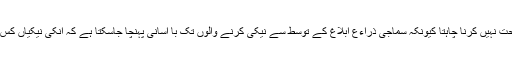
گوکہ نیکی کرنے والوں کی بہتات ہے ، لیکن یہاں اسکی وضاحت نہیں کرنا چاہتا کیونکہ سماجی ذراءع ابلاغ کے توسط سے نیکی کرنے والوں تک با آسانی پہنچا جاسکتا ہے کہ انکی نیکیاں کس کس طرح سے لوگوں کی عزت نفس کا جنازہ نکال رہے ہیں ۔